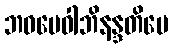
ဘဝမေဝါဘိနန္ဒတိပေ